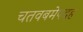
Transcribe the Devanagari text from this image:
चतवबमेपदह